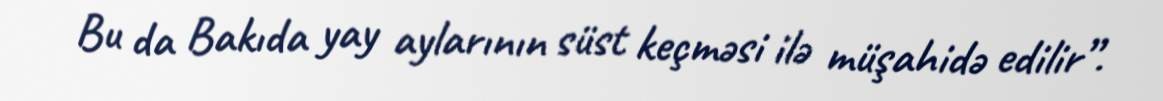
Bu da Bakıda yay aylarının süst keçməsi ilə müşahidə edilir”.